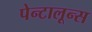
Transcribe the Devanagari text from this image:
पेन्टालून्स